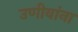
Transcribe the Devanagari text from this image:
उणीवांना